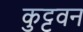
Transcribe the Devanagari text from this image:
कुट्टवन